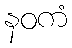
နဝကံ